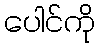
ပေါင်ကို